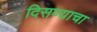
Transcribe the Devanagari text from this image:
दिसण्याचा